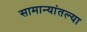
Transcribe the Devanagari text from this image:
सामान्यांतल्या